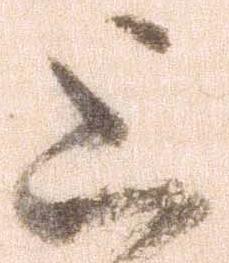
上